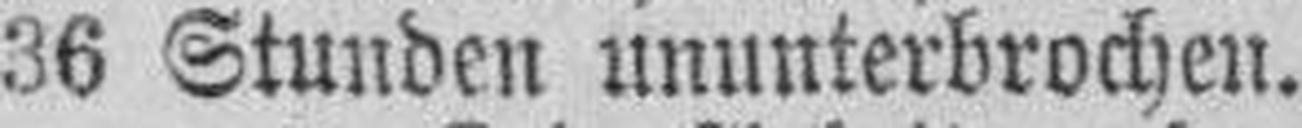
36 Stunden ununterbrochen.